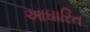
આઘારિત